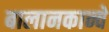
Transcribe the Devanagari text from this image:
बालानकान्चे